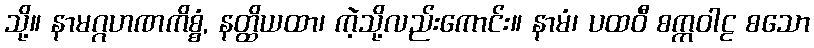
သို့။ နာမဂ္ဂဟဏကိစ္စံ, နတ္ထိယထာ၊ ကဲ့သို့လည်းကောင်း။ နာမံ၊ ပထဝီ စက္ကဝါဠ စသော